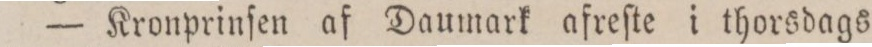
— Kronprinſen af Daumark afreſte i thorsdags